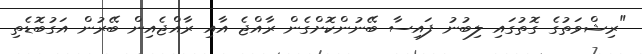
"ރިޝްވަތުގެ ގޮތުގައި ލިބުނު ފައިސާ ބޭނުންކޮށްގެން ރާއްޖެ އާއި ރާއްޖެއިން ބޭރުން އަގުބޮޑެތި